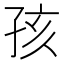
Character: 孩